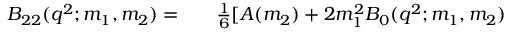
\begin{array} { r l r } { B _ { 2 2 } ( q ^ { 2 } ; m _ { 1 } , m _ { 2 } ) = } & { { } } & { \frac { 1 } { 6 } [ A ( m _ { 2 } ) + 2 m _ { 1 } ^ { 2 } B _ { 0 } ( q ^ { 2 } ; m _ { 1 } , m _ { 2 } ) } \end{array}